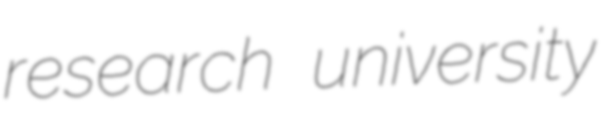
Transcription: research university